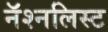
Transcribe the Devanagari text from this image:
नॅश्नलिस्ट